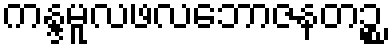
ကန္ဒမူလဖလဘောဇနတဉ္စ